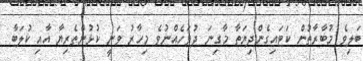
ބަލިވެ މުބާރާތުން ކަޓައިގެންދިޔަތާ މާގިނަ ދުވަހެއްނުވެ މިހާރު ވަނީ ކުޅުންތެރިޔާ އާއި ކުލަބާ